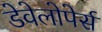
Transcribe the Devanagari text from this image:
डेवेलोपेर्स